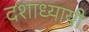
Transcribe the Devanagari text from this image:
दशाध्यायी